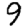
Digit: 9